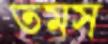
তমস